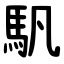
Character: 䭵